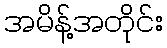
အမိန့်အတိုင်း